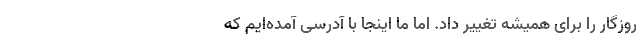
روزگار را برای همیشه تغییر داد. اما ما اینجا با آدرسی آمده‌ایم که